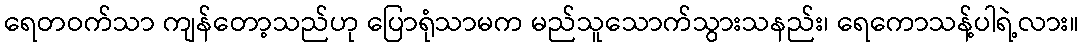
ရေတဝက်သာ ကျန်တော့သည်ဟု ပြောရုံသာမက မည်သူသောက်သွားသနည်း၊ ရေကောသန့်ပါရဲ့လား။